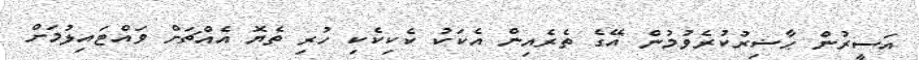
އަސީރުން ޙާޟިރުކުރެވުމުން އޭގެ ތެރެއިން އެކަކު ކެކިކެކި ހުރި ތެޔޮ އެއްޗަށް ވައްޓައިލުމަށް